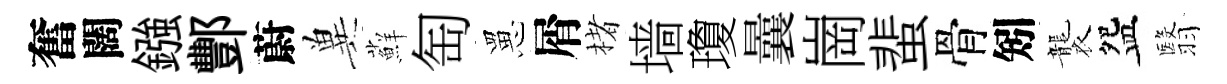
奮闊鏹酆蔚兾蘚匋罳屑楮墙瓊曩崗蜚骨矧襲盌翳